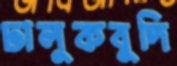
ঢালুকবুদি